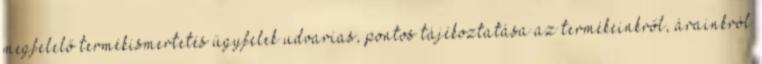
megfelelő termékismertetés ügyfelek udvarias, pontos tájékoztatása az termékeinkről, árainkról